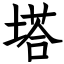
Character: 塔